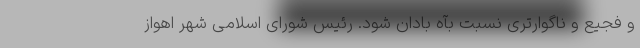
و فجیع و ناگوارتری نسبت بآه بادان شود. رئیس شورای اسلامی شهر اهواز